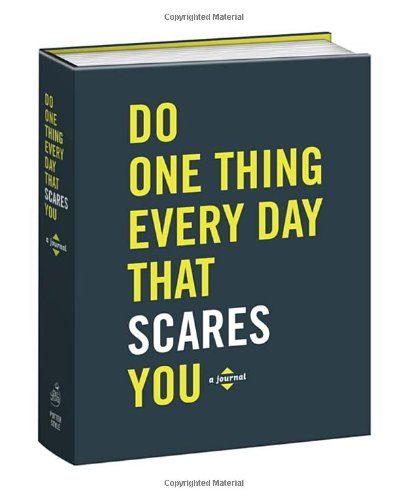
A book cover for Do One Thing Every Day That Scares You (Journal); Robie Rogge; Arts & Photography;